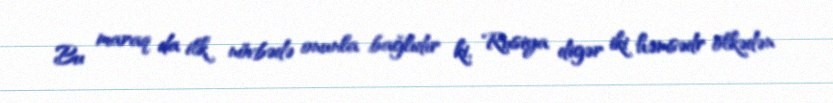
Bu maraq da ilk növbədə onunla bağlıdır ki, Rusiya digər iki həmsədr ölkədən